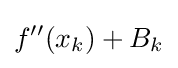
f''(x_{k})+B_{k}